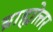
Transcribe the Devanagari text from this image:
ब्राह्मोत्तर